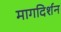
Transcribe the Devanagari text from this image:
मागदिर्शन